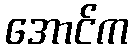
အောင်က